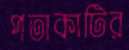
পতাকাটির